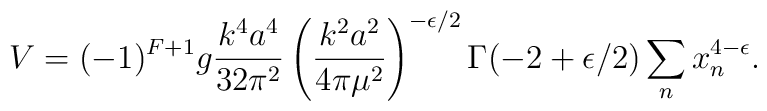
V= (-1)^{F+1} g {k^4 a^4\over 32\pi^2} \left({k^2 a^2\over4\pi\mu^2}\right)^{-\epsilon/2}\Gamma(-2+\epsilon/2)\sum_nx_n^{4-\epsilon}.